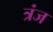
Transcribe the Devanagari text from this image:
त्रंज